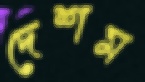
দেশম